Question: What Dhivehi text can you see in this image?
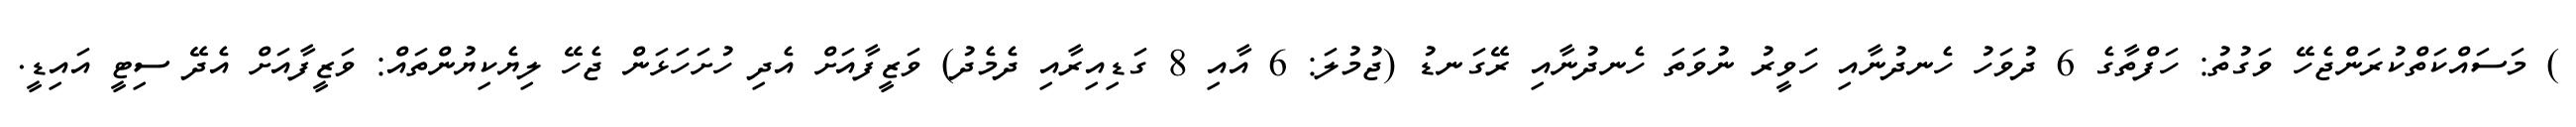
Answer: ) މަސައްކަތްކުރަންޖެހޭ ވަގުތު: ހަފްތާގެ 6 ދުވަހު ހެނދުނާއި ހަވީރު ނުވަތަ ހެނދުނާއި ރޭގަނޑު (ޖުމުލަ: 6 އާއި 8 ގަޑިއިރާއި ދެމެދު) ވަޒީފާއަށް އެދި ހުށަހަޅަން ޖެހޭ ލިޔެކިޔުންތައް: ވަޒީފާއަށް އެދޭ ސިޓީ އައިޑީ.